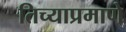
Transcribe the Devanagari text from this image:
तिच्याप्रमाणे